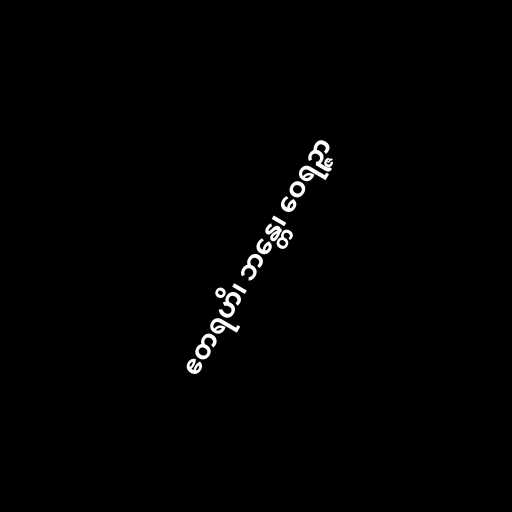
ဧတရဟိ၊ ဘန္တေ၊ ဝေရဉ္ဇာ